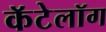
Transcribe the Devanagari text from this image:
कॅटेलॉग